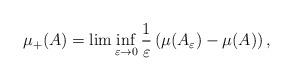
LaTeX: \begin{align*}\mu_+(A)=\lim \inf_{\varepsilon \to 0} \frac{1}{\varepsilon} \left( \mu(A_\varepsilon) -\mu(A) \right),\end{align*}